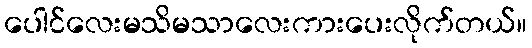
ပေါင်လေးမသိမသာလေးကားပေးလိုက်တယ်။